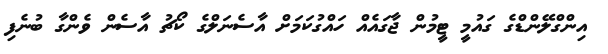
އިންގްލޭންޑްގެ ގައުމީ ޓީމުން ޖާގައެއް ހައްގުކަމަށް އާސެނަލްގެ ކޯޗު އާސެން ވެންގާ ބުނެފި